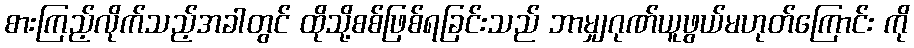
စားကြည့်လိုက်သည့်အခါတွင် ထိုသို့စစ်ဖြစ်ရခြင်းသည် ဘာမျှဂုဏ်ယူဖွယ်မဟုတ်ကြောင်း ကို